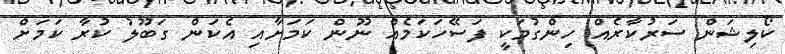
ކޯލިޝަން ސަރުކާރެއް ހިންގުމަކީ ފަސޭހަކަމެއް ނޫން ކަމަށާއި އެކަން ގަބޫލު ކުރާ ކަމަށް